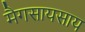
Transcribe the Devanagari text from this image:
मैगसायसाय